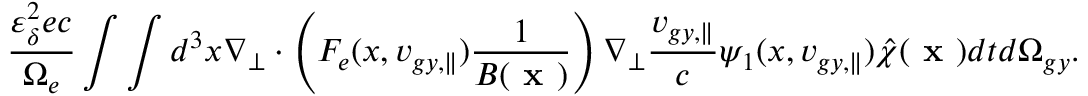
\frac { \varepsilon _ { \delta } ^ { 2 } e c } { \Omega _ { e } } \int \int d ^ { 3 } x \nabla _ { \perp } \boldsymbol { \cdot } \left( F _ { e } ( x , v _ { g y , \parallel } ) \frac { 1 } { B ( \textbf { x } ) } \right) \nabla _ { \perp } \frac { v _ { g y , \parallel } } { c } \psi _ { 1 } ( x , v _ { g y , \parallel } ) \hat { \chi } ( \textbf { x } ) d t d \Omega _ { g y } .